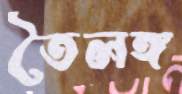
তৈলঙ্গ